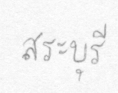
สระบุรี